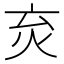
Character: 𤆴